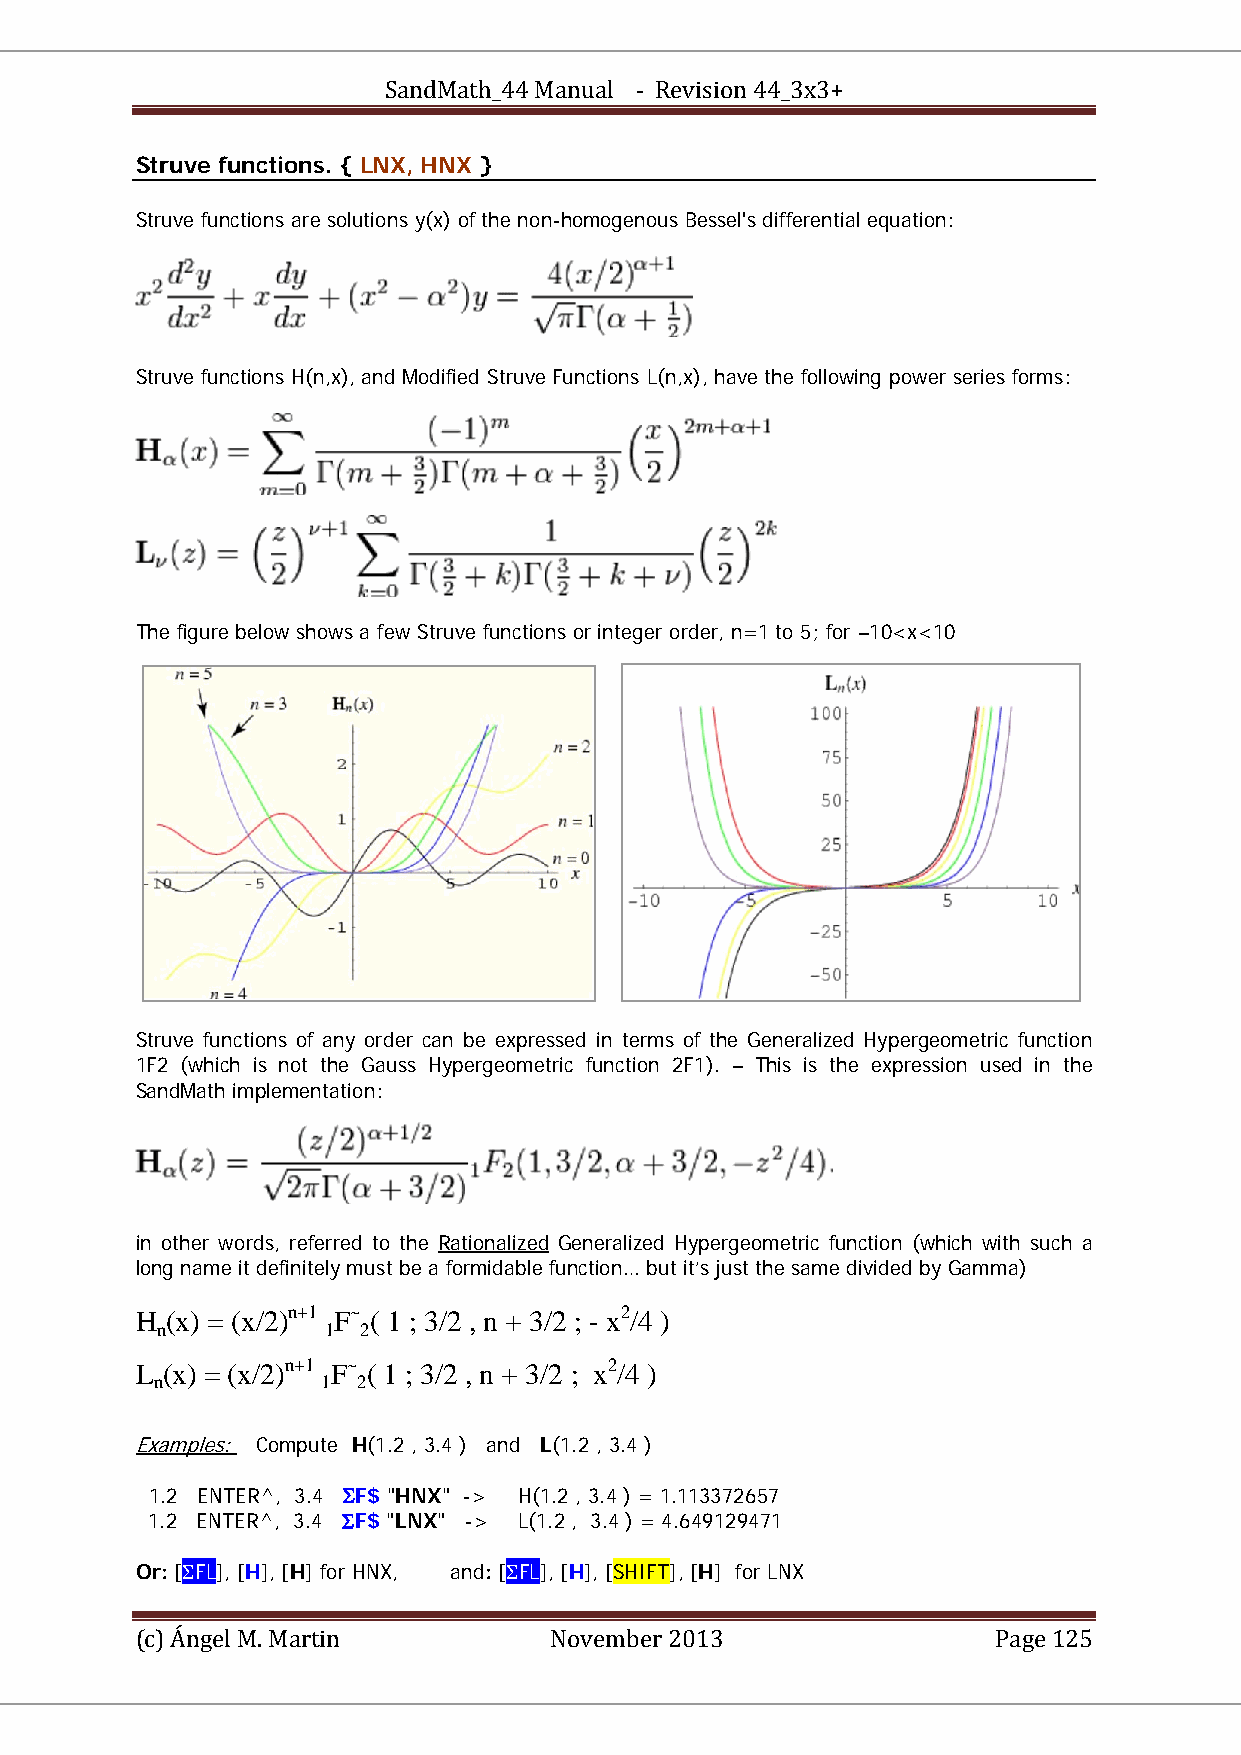
SandMath_44 Manual - Revision 44_3x3+
 Struve functions. { LNX, HNX }
 Struve functions are solutions y(x) of the non-homogenous Bessel's differential equation:
 Struve functions H(n,x), and Modified Struve Functions L(n,x), have the following power series forms:
 The figure below shows a few Struve functions or integer order, n=1 to 5; for –10<x<10
 Struve functions of any order can be expressed in terms of the Generalized Hypergeometric function
 1F2 (which is not the Gauss Hypergeometric function 2F1). – This is the expression used in the
 SandMath implementation:
 in other words, referred to the Rationalized Generalized Hypergeometric function (which with such a
 U      U
 long name it definitely must be a formidable function… but it’s just the same divided by Gamma)
 H (x) = (x/2)n+1 F~ ( 1 ; 3/2 , n + 3/2 ; - x2/4 )
 BBn BB   PP PP BB1 BB PP PBPB2 BB PP PP
 L (x) = (x/2)n+1 F~ ( 1 ; 3/2 , n + 3/2 ; x2/4 )
 BBn BB   PP PP BB1 BB PP PBPB2 BB PP PP
 Examples: Compute H(1.2 , 3.4 ) and L(1.2 , 3.4 )
 U      U
 1.2 ENTER^, 3.4 ΣF$ "HNX" -> H(1.2 , 3.4 ) = 1.113372657
 1.2 ENTER^, 3.4 ΣF$ "LNX" -> L(1.2 , 3.4 ) = 4.649129471
 Or: [ΣFL], [H], [H] for HNX, and: [ΣFL], [H], [SHIFT], [H] for LNX
 (c) Ángel M. Martin        November 2013                 Page 125